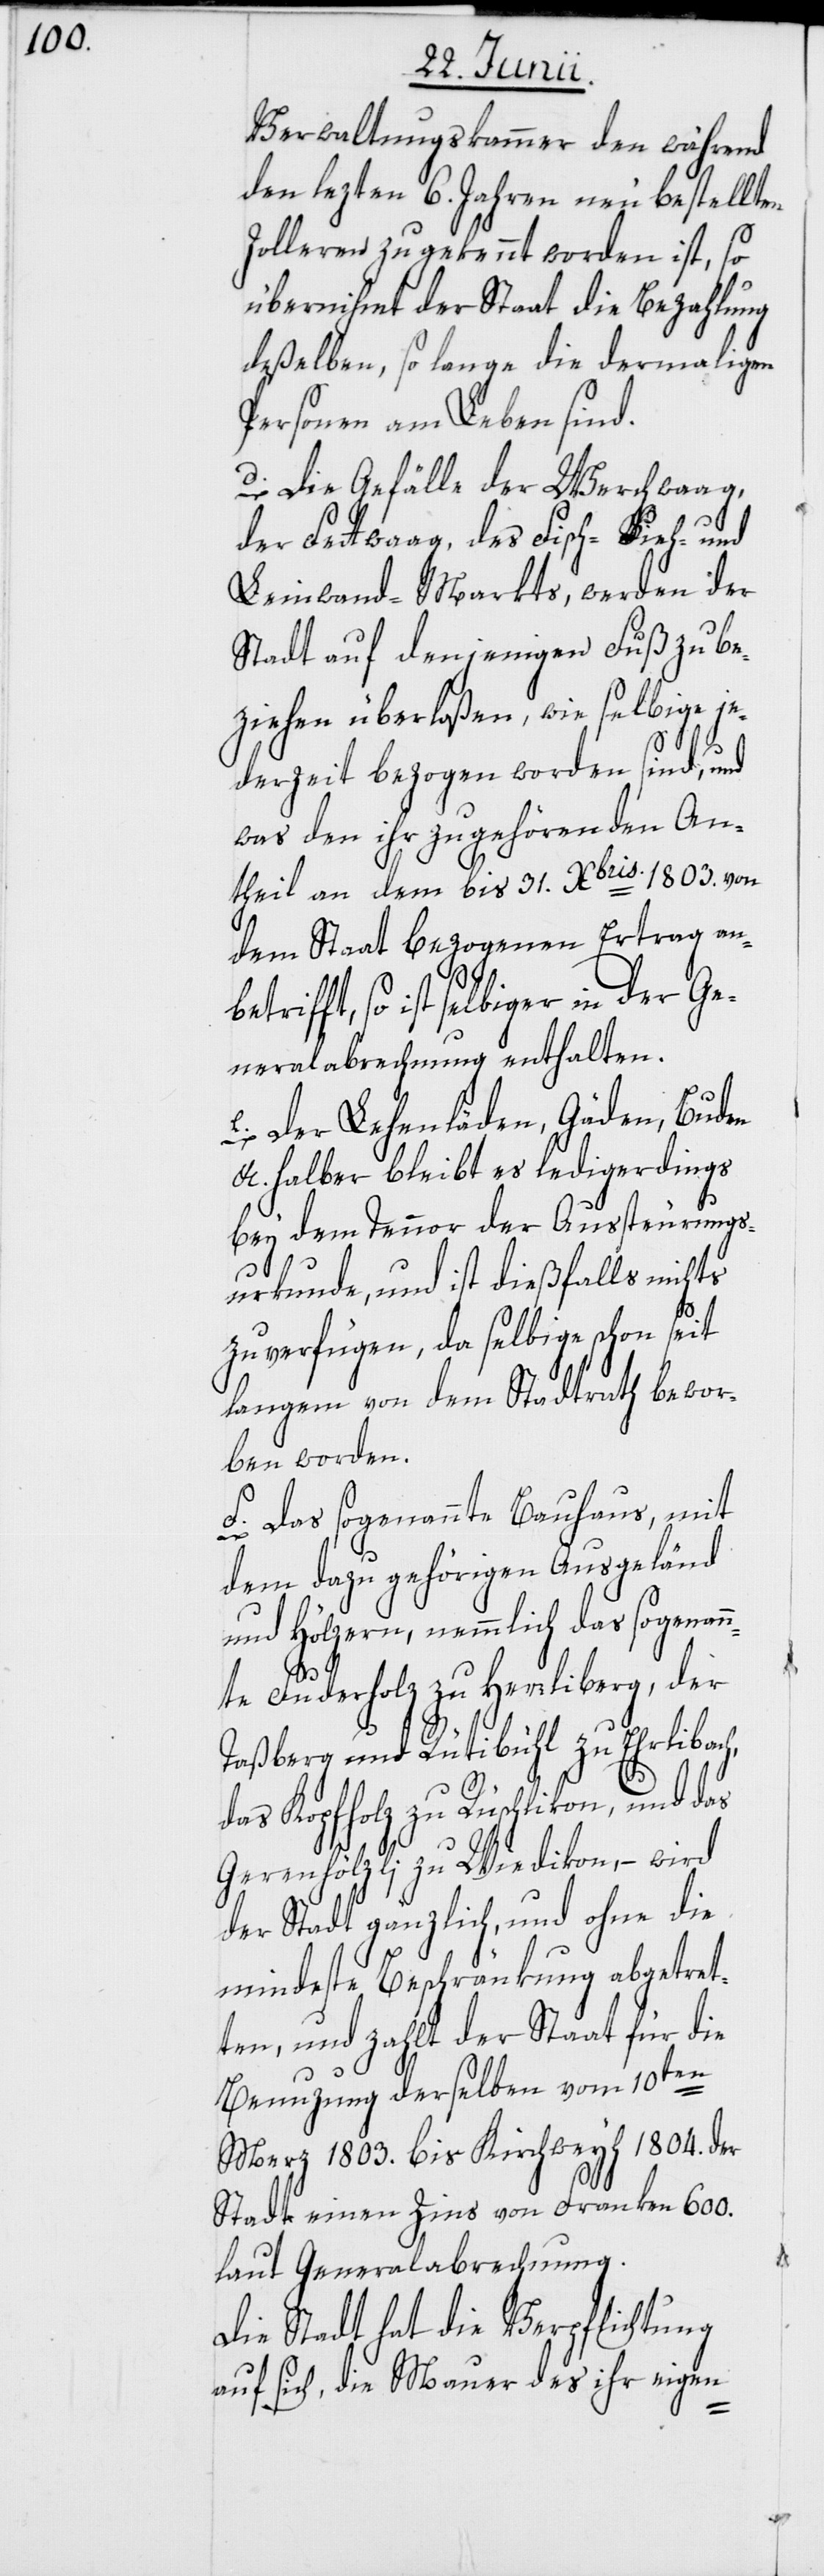
Verwaltungskammer den während
den lezten 6. Jahren neu bestellten
Zolleren zugekennt worden ist, so
übernihmt der Staat die Bezahlung
deßelben, so lange die dermaligen
Personen am Leben sind.
d. Die Gefälle der Werchwaag,
der Fettwaag, des Fisch-[,] Vieh-
Leinwand-Markts, werden der
Stadt auf denjenigen Fuß zu be¬
ziehen überlaßen, wie selbige je¬
derzeit bezogen worden sind, und
was den ihr zugehörenden An¬
theil an dem bis 31. [Decem]bris 1803. von
dem Staat bezogenen Ertrag
so ist selbiger in der Ge¬
neralabrechnung enthalten.
e. Der Lehenläden, Gäden, Buden
etc. halber bleibt es ledigerdings
bey dem Tennor der Aussteurungs¬
urkunde, und ist dießfalls nichts
zu verfügen, da selbige schon seit
langem von dem Stadtrath bewor¬
ben worden.
f. Das sogenannte Bauhaus, mit
dem dazu gehörigen Ausgeländ
und Hölzern, nemmlich das sogenann¬
te Fuderholz zu Herrliberg, der
Taßberg und Rütibühl zu Ehrlibach,
das Kopfholz zu Rüschlikon, und das
Gerenhölzli zu Wiedikon, – wird
der Stadt gänzlich, und ohne die
mindeste Beschränkung abgetret¬
ten, und zahlt der Staat für die
Benuzung derselben vom 10ten
Merz 1803. bis Kirchweyh 1804. der
Stadt einen Zins von Franken 600.
laut Generalabrechnung.
Die Stadt hat die Verpflichtung
auf sich, die Mauer des ihr eigen-